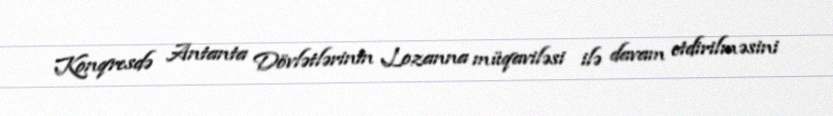
Konqresdə Antanta Dövlətlərinin Lozanna müqaviləsi ilə davam etdirilməsini